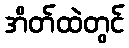
အိတ်ထဲတွင်